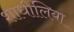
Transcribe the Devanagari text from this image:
शाधीलिया